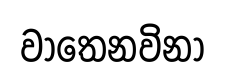
වාතෙනවිනා